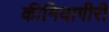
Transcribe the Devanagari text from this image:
कीमियागीरी